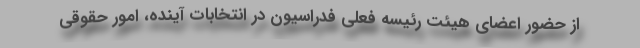
از حضور اعضای هیئت رئیسه فعلی فدراسیون در انتخابات آینده، امور حقوقی